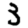
Digit: 3